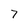
Character: 7